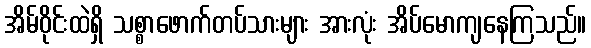
အိမ်ဝိုင်းထဲရှိ သစ္စာဖောက်တပ်သားများ အားလုံး အိပ်မောကျနေကြသည်။